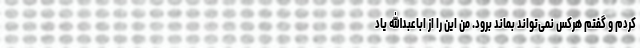
کردم و گفتم هرکس نمی‌تواند بماند برود. من این را از اباعبدالله یاد